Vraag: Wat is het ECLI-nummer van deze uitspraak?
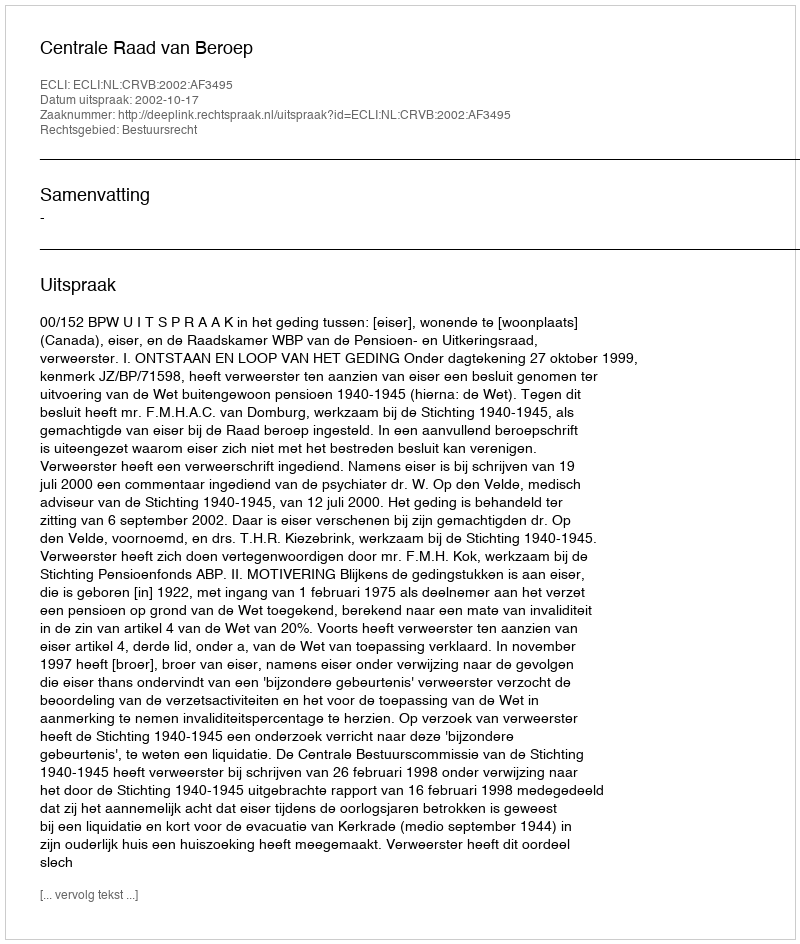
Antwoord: ECLI:NL:CRVB:2002:AF3495